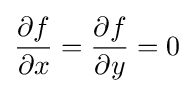
{\frac {\partial {f}}{\partial x}}={\frac {\partial {f}}{\partial {y}}}=0